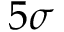
5 \sigma